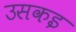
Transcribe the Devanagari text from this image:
उसकइ